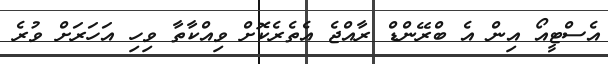
އެސްޓީއޯ އިން އެ ބްރޭންޑް ރާއްޖެ އެތެރެކޮށް ވިއްކާތާ ވިހި އަހަރަށް ވުރެ